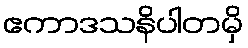
ဧကာဒသနိပါတမှိ